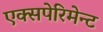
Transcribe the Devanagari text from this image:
एक्सपेरिमेन्ट